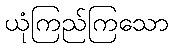
ယုံကြည်ကြသော